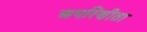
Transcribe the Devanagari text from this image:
अपरिणीता